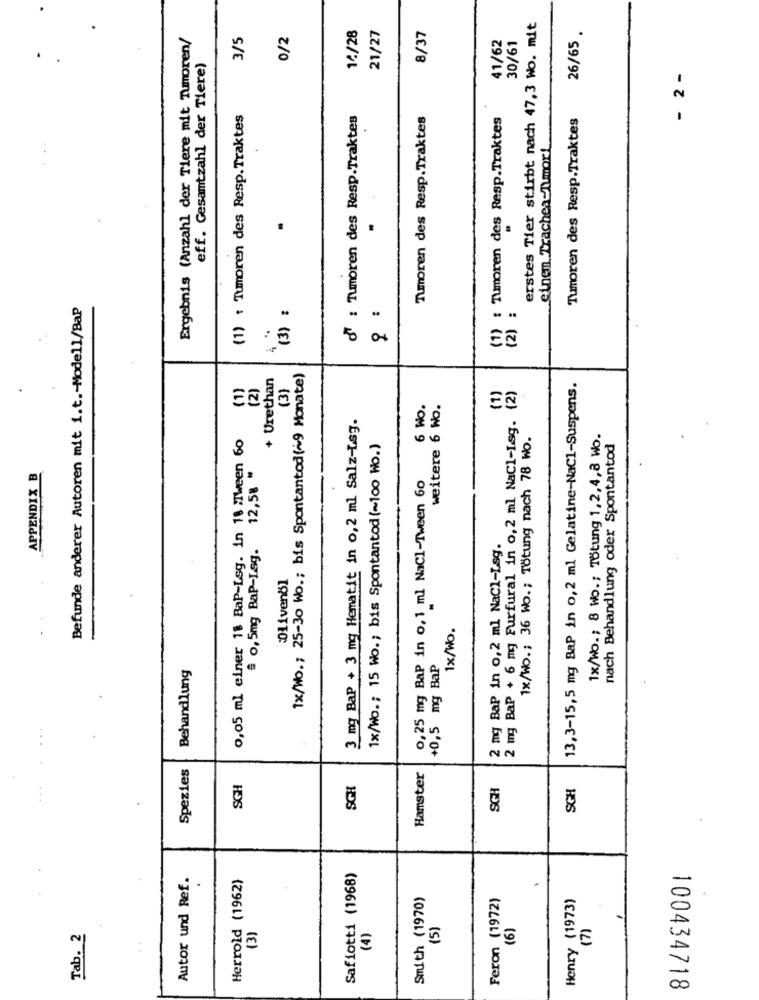
1€/28
21/27
8/37
erstes Tier stirbt nach 47,3 Wo. mit
Ergebnis (Anzahl der Tiere mit Tumoren/
3/5
0/2
41/62
26/65 .
30/61
eff. Gesamtzahl der Tiere)
- 2 -
(1) : Tumoren des Resp.Traktes
d : Tumoren des Resp.Traktes
Tumoren des Resp.Traktes
(1) : Tumoren des Resp.Traktes
Tumoren des Resp.Traktes
einen Trachea-Tmor!
Befunde anderer Autoren mit i.t .- Modell/BaP
(3) :
9 :
4.
+ Urethan
1x/Wo .; 25-30 Wo .; bis Spontantod(~9 Monate)
(2)
(3}
(1)
(2)
13,3-15,5 mg BaP in 0,2 ml Gelatine-NaCl-Suspens.
(1)
6 Wo.
weitere 6 Wo.
3 mg Bap + 3 mg Hematit in 0,2 ml Salz-Lsg.
2 mg BaP + 6 mg Furfural in 0, 2 ml NaCl-Lsg.
0,05 ml einer 18 BaP-Leg. in 18 :Tween 60
1x/Wo .; 36 Wo .; Tötung nach 78 Wo.
1x/Wo .; 8 Wo .; Tötung 1, 2,4,8 Wo.
1x/Wo .; 15 Wo .; bis Spontantod(~100 Wo.)
nach Behandlung oder Spontantod
12,58 "
APPENDIX B
0,25 mg Bap in 0, 1 ml NaCl-Tween 60
# 0,5mg BaP-Lsg.
2 mg Bap in 0,2 ml NaCl-Lsg.
Olivenöl
1x/wo.
Behandlung
+0,5 mg BaP
Spezies
Hamster
SGH
SGH
SGH
SGH
Autor und Ref.
Herrold (1962)
Safiotti (1968)
.
.
Smith (1970)
Feron (1972)
Henry (1973)
(3)
(4)
(5)
(6)
(7)
Tab. 2
100434718